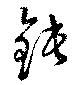
鈍